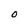
Character: 0